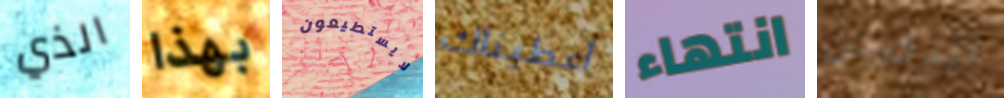
الذي بهذا لايستطيعون أعطيناك انتهاء اتذكرين